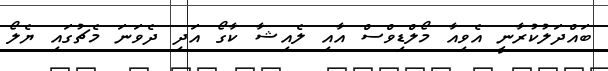
ބައްދަލުކުރާނީ އެވިއާ މޯލްޑިވްސް އާއި ލެއިޝާ ކާގޯ އަދި ދެވަނަ މެޗުގައި ޔެލޯ